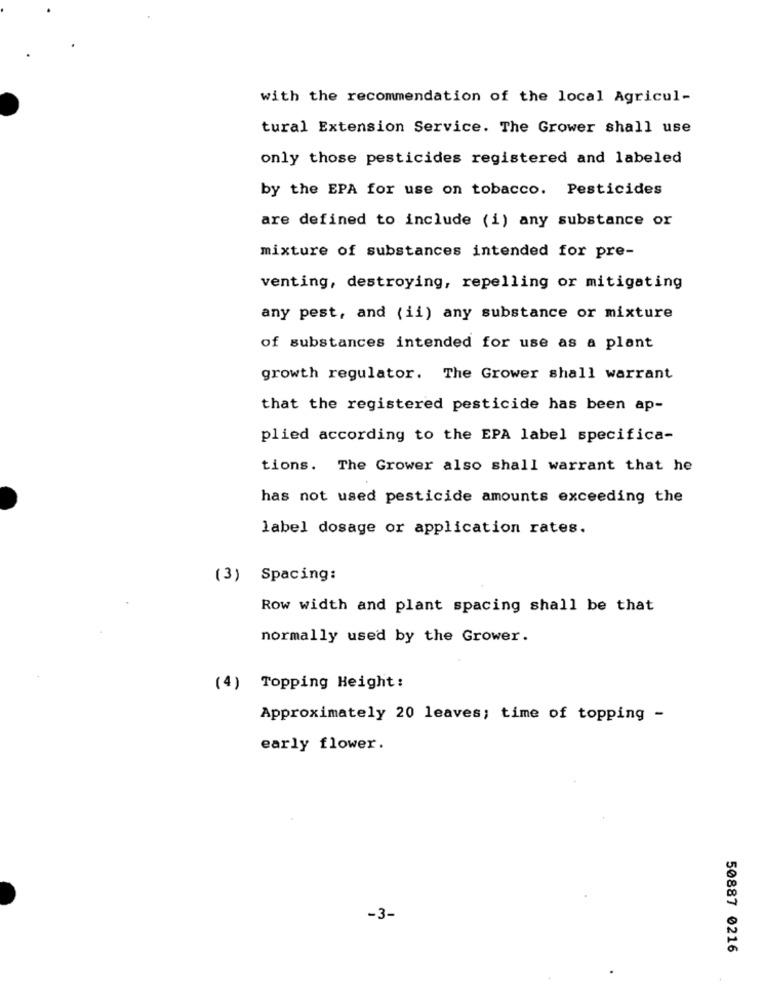
with the recommendation of the local Agricul-
tural Extension Service. The Grower shall use
only those pesticides registered and labeled
by the EPA for use on tobacco. Pesticides
are defined to include (i) any substance or
mixture of substances intended for pre-
venting, destroying, repelling or mitigating
any pest, and (ii) any substance or mixture
of substances intended for use as a plant
growth regulator. The Grower shall warrant
that the registered pesticide has been ap-
plied according to the EPA label specifica-
tions. The Grower also shall warrant that he
has not used pesticide amounts exceeding the
label dosage or application rates.
(3) Spacing:
Row width and plant spacing shall be that
normally used by the Grower.
(4) Topping Height:
Approximately 20 leaves; time of topping -
early flower.
-3-
50887 0216